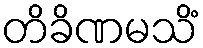
တိခိဏမသိံ